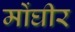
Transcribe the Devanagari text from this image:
मोंघीर